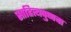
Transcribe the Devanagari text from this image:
साहित्यपुष्पचा